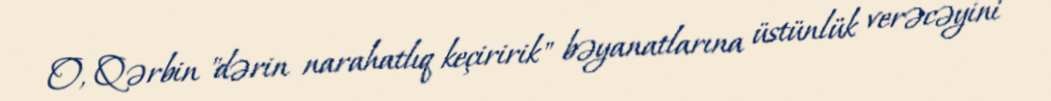
O, Qərbin "dərin narahatlıq keçiririk" bəyanatlarına üstünlük verəcəyini